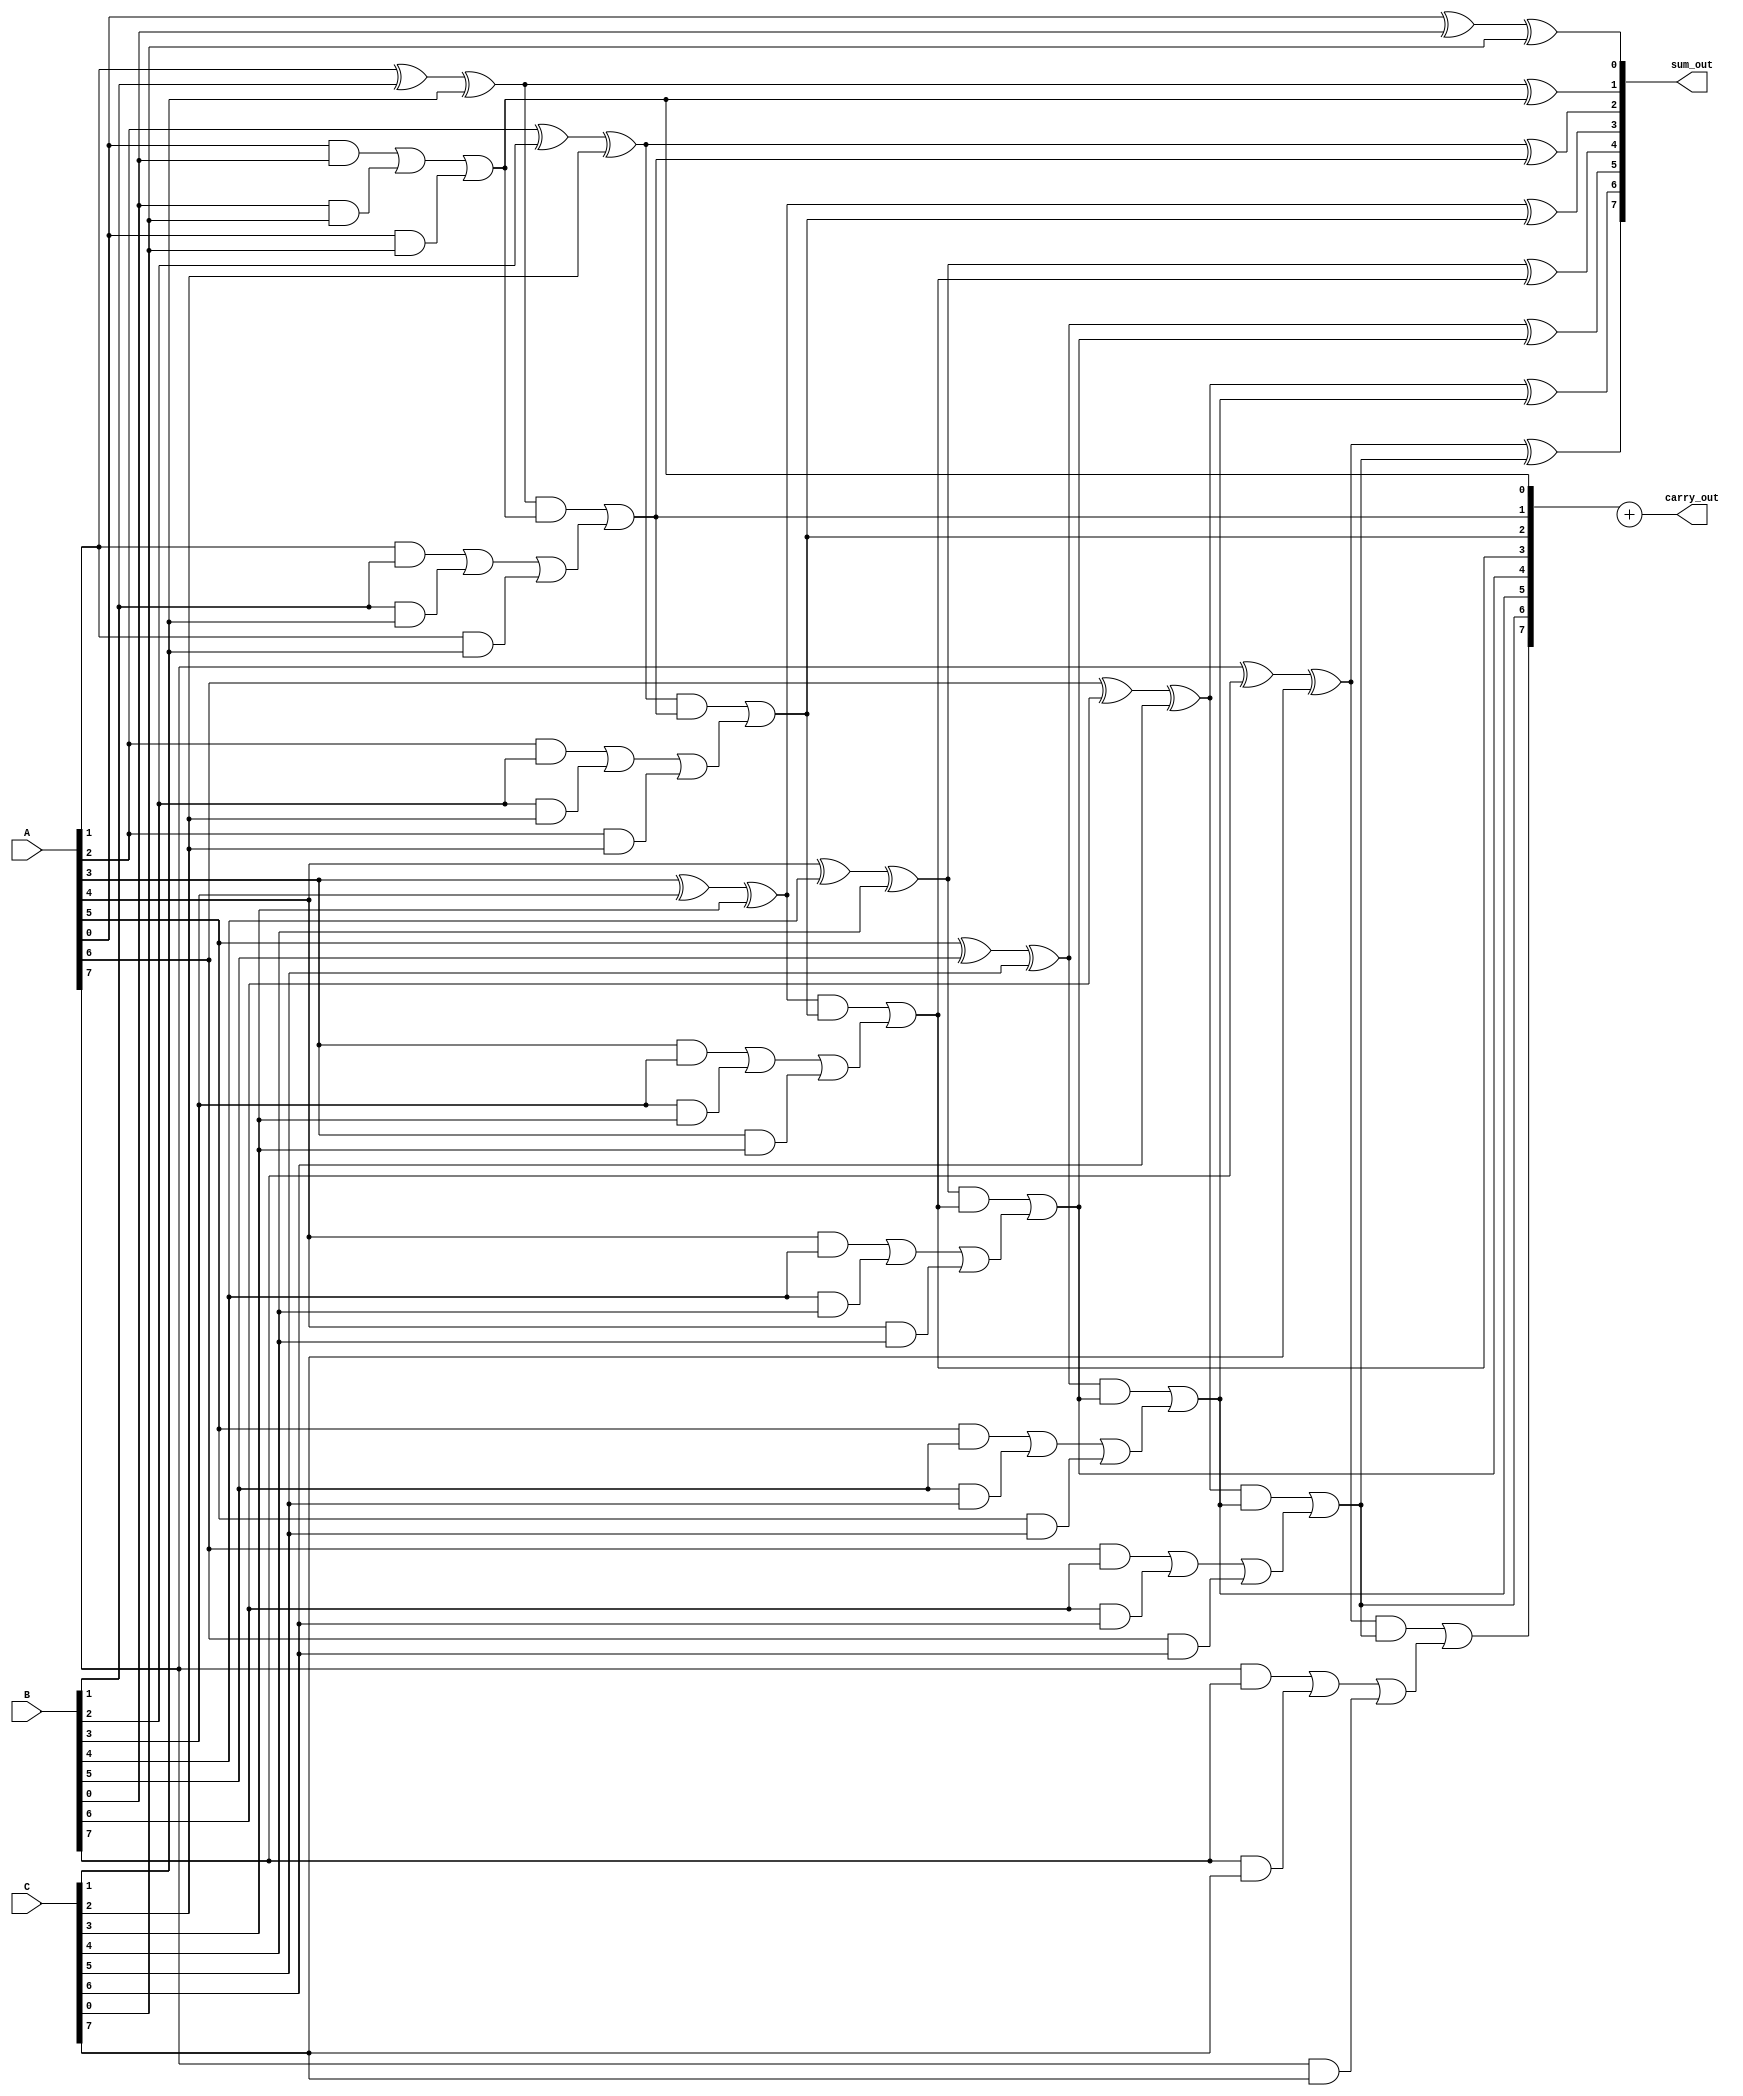
module carry_save_adder (
    input  wire [N-1:0] A, // First input
    input  wire [N-1:0] B, // Second input
    input  wire [N-1:0] C, // Third input
    output wire [N-1:0] sum_out, // Final sum output
    output wire [N:0] carry_out // Final carry output
);
    parameter N = 8; // Bit-width of the inputs

    // Intermediate sums and carries
    wire [N-1:0] S1, S2, C1, C2;

    // Stage 1: Carry Save Addition
    genvar i;
    generate
        for (i = 0; i < N; i = i + 1) begin : CSA_stage1
            // Full adder for A and B
            assign S1[i] = A[i] ^ B[i] ^ C[i]; // Sum
            assign C1[i] = (A[i] & B[i]) | (B[i] & C[i]) | (A[i] & C[i]); // Carry
        end
    endgenerate

    // Stage 2: Reduction Tree
    wire [N-1:0] S_final;
    wire [N:0] C_final;

    generate
        for (i = 0; i < N; i = i + 1) begin : CSA_stage2
            if (i == 0) begin
                // First bit
                assign S_final[i] = S1[i];
                assign C_final[i] = C1[i];
            end else begin
                // Full adder for the sum and carry from the previous stage
                assign S_final[i] = S1[i] ^ C_final[i-1]; // Sum
                assign C_final[i] = (S1[i] & C_final[i-1]) | C1[i]; // Carry
            end
        end
    endgenerate

    // Final outputs
    assign sum_out = S_final;
    assign carry_out = C_final[N-1:0] + C_final[N]; // Final carry

endmodule